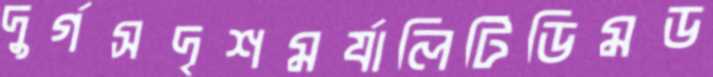
দুর্গসদৃশমর্যালিটিডিমড